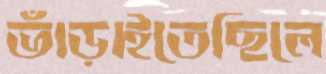
ভাঁড়াইতেছিলে